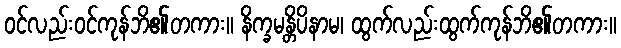
ဝင်လည်းဝင်ကုန်ဘိ၏တကား။ နိက္ခမန္တိပိနာမ၊ ထွက်လည်းထွက်ကုန်ဘိ၏တကား။